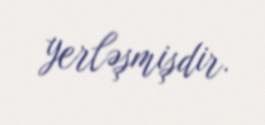
yerləşmişdir.